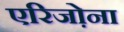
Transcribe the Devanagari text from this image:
एरिजो़ना